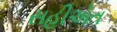
સહીએત